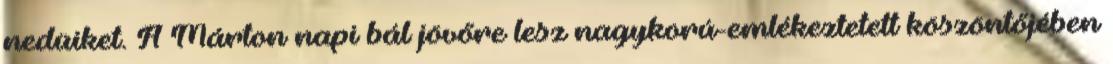
nedüiket. A Márton napi bál jövőre lesz nagykorú-emlékeztetett köszöntőjében